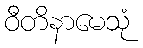
ဝီတိနာမေသုံ